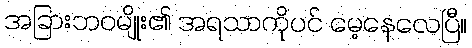
အခြားဘဝမျိုး၏ အရသာကိုပင် မေ့နေလေပြီ။